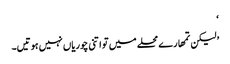
‘
’ لیکن تمھارے محلے میں تو اتنی چوریاں نہیں ہوتیں۔